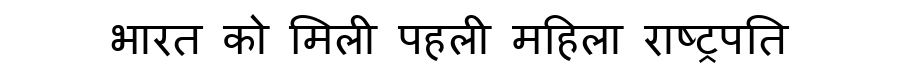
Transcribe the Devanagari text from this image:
भारत को मिली पहली महिला राष्ट्रपति